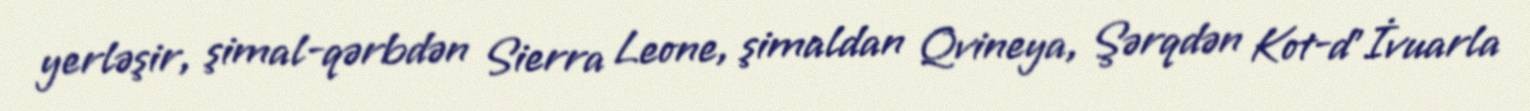
yerləşir, şimal-qərbdən Sierra Leone, şimaldan Qvineya, Şərqdən Kot-d’İvuarla